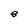
Character: e